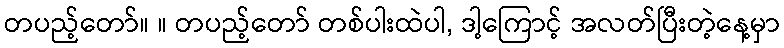
တပည့်တော်။ ။ တပည့်တော် တစ်ပါးထဲပါ, ဒါ့ကြောင့် အလတ်ပြီးတဲ့နေ့မှာ